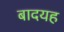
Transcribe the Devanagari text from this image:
बादयह